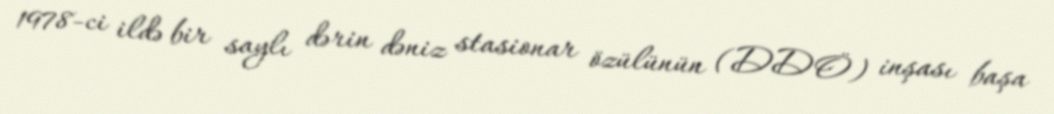
1978-ci ildə bir saylı dərin dəniz stasionar özülünün (DDÖ) inşası başa